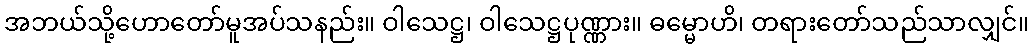
အဘယ်သို့ဟောတော်မူအပ်သနည်း။ ဝါသေဋ္ဌ၊ ဝါသေဋ္ဌပုဏ္ဏား။ ဓမ္မောဟိ၊ တရားတော်သည်သာလျှင်။